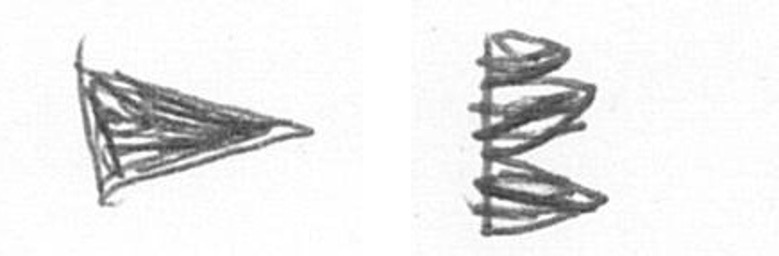
T H